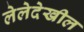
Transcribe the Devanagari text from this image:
लेलेदेखील